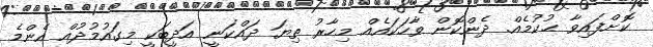
ކޮށްފައިވާ ޙުކުމެއް. ދެންކޮން ވާހަކައެއް މިހާރު ތިޔަ ދައްކަނީ އަދީބަކީ މިގައުމުދުއް އެންމެ